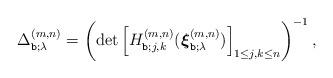
LaTeX: \begin{align*}\Delta^{(m,n)}_{\texttt{b};\lambda }= \left( \det \left[ H^{(m,n)}_{\texttt{b}; j,k} ( \boldsymbol{\xi}^{(m,n)}_{\texttt{b};\lambda} ) \right]_{1\leq j,k\leq n} \right)^{-1} ,\end{align*}